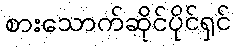
စားသောက်ဆိုင်ပိုင်ရှင်